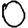
Digit: 0